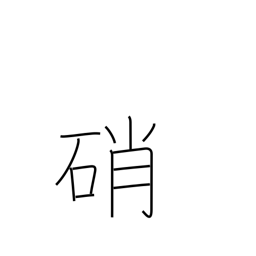
Meaning: saltpeter